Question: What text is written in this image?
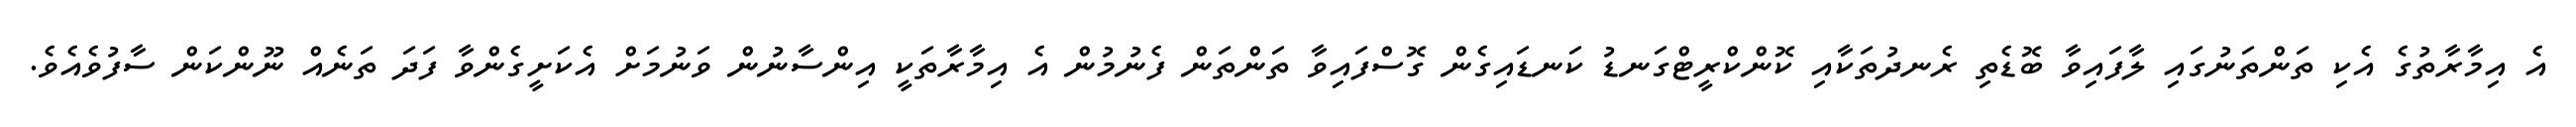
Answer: އެ އިމާރާތުގެ އެކި ތަންތަނުގައި ލާފައިވާ ބޮޑެތި ރެނދުތަކާއި ކޮންކްރީޓްގަނޑު ކަނޑައިގެން ގޮސްފައިވާ ތަންތަން ފެނުމުން އެ އިމާރާތަކީ އިންސާނުން ވަނުމަށް އެކަށީގެންވާ ފަދަ ތަނެއް ނޫންކަން ސާފުވެއެވެ.